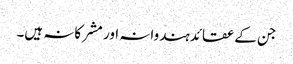
جن کےعقائدہندوانہ اور مشرکانہ ہیں۔